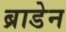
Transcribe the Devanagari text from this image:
ब्राडेन